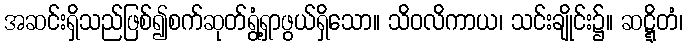
အဆင်းရှိသည်ဖြစ်၍စက်ဆုတ်ရွံ့ရှာဖွယ်ရှိသော။ သိဝလိကာယ၊ သင်းချိုင်း၌။ ဆဋ္ဋိတံ၊